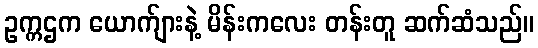
ဥက္ကဌက ယောက်ျားနဲ့ မိန်းကလေး တန်းတူ ဆက်ဆံသည်။